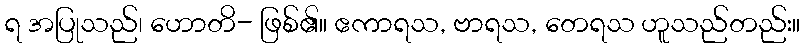
ရ အပြုသည်၊ ဟောတိ- ဖြစ်၏။ ဧကာရသ, ဗာရသ, တေရသ ဟူသည်တည်း။